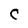
Character: C